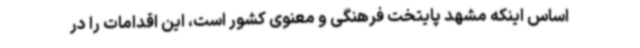
اساس اینکه مشهد پایتخت فرهنگی و معنوی کشور است، این اقدامات را در